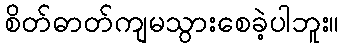
စိတ်ဓာတ်ကျမသွားစေခဲ့ပါဘူး။